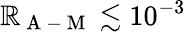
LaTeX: \mathbb{R}_{\mathrm{{~A~-~M~}}}\lesssim10^{-3}